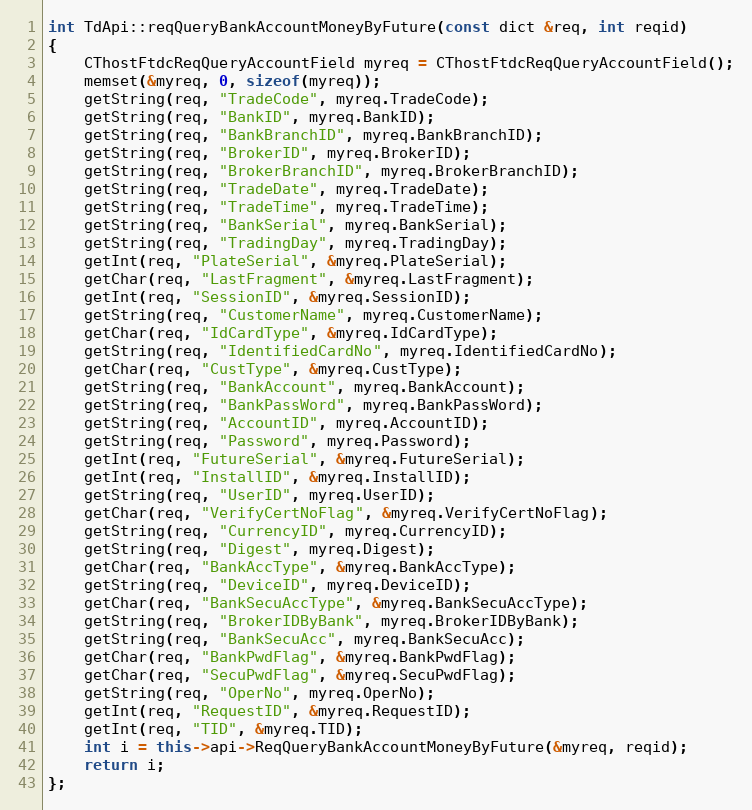
Language: C++
int TdApi::reqQueryBankAccountMoneyByFuture(const dict &req, int reqid)
{
	CThostFtdcReqQueryAccountField myreq = CThostFtdcReqQueryAccountField();
	memset(&myreq, 0, sizeof(myreq));
	getString(req, "TradeCode", myreq.TradeCode);
	getString(req, "BankID", myreq.BankID);
	getString(req, "BankBranchID", myreq.BankBranchID);
	getString(req, "BrokerID", myreq.BrokerID);
	getString(req, "BrokerBranchID", myreq.BrokerBranchID);
	getString(req, "TradeDate", myreq.TradeDate);
	getString(req, "TradeTime", myreq.TradeTime);
	getString(req, "BankSerial", myreq.BankSerial);
	getString(req, "TradingDay", myreq.TradingDay);
	getInt(req, "PlateSerial", &myreq.PlateSerial);
	getChar(req, "LastFragment", &myreq.LastFragment);
	getInt(req, "SessionID", &myreq.SessionID);
	getString(req, "CustomerName", myreq.CustomerName);
	getChar(req, "IdCardType", &myreq.IdCardType);
	getString(req, "IdentifiedCardNo", myreq.IdentifiedCardNo);
	getChar(req, "CustType", &myreq.CustType);
	getString(req, "BankAccount", myreq.BankAccount);
	getString(req, "BankPassWord", myreq.BankPassWord);
	getString(req, "AccountID", myreq.AccountID);
	getString(req, "Password", myreq.Password);
	getInt(req, "FutureSerial", &myreq.FutureSerial);
	getInt(req, "InstallID", &myreq.InstallID);
	getString(req, "UserID", myreq.UserID);
	getChar(req, "VerifyCertNoFlag", &myreq.VerifyCertNoFlag);
	getString(req, "CurrencyID", myreq.CurrencyID);
	getString(req, "Digest", myreq.Digest);
	getChar(req, "BankAccType", &myreq.BankAccType);
	getString(req, "DeviceID", myreq.DeviceID);
	getChar(req, "BankSecuAccType", &myreq.BankSecuAccType);
	getString(req, "BrokerIDByBank", myreq.BrokerIDByBank);
	getString(req, "BankSecuAcc", myreq.BankSecuAcc);
	getChar(req, "BankPwdFlag", &myreq.BankPwdFlag);
	getChar(req, "SecuPwdFlag", &myreq.SecuPwdFlag);
	getString(req, "OperNo", myreq.OperNo);
	getInt(req, "RequestID", &myreq.RequestID);
	getInt(req, "TID", &myreq.TID);
	int i = this->api->ReqQueryBankAccountMoneyByFuture(&myreq, reqid);
	return i;
};